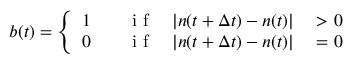
b ( t ) = \left\{ \begin{array} { r l r l } { 1 } & { { } \quad \mathrm { ~ i ~ f ~ } } & { | n ( t + \Delta t ) - n ( t ) | } & { { } > 0 } \\ { 0 } & { { } \quad \mathrm { ~ i ~ f ~ } } & { | n ( t + \Delta t ) - n ( t ) | } & { { } = 0 } \end{array} \right.